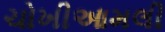
ચોખીઆમલી